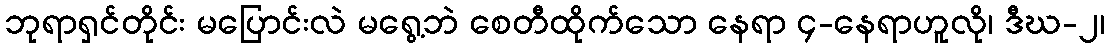
ဘုရာရှင်တိုင်း မပြောင်းလဲ မရွေ့ဘဲ စေတီထိုက်သော နေရာ ၄-နေရာဟူလို၊ ဒီဃ-၂၊